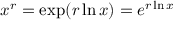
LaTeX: x ^ { r } = \exp ( r \ln x ) = e ^ { r \ln x }